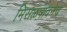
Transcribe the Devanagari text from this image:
मिसळपावनेच